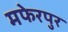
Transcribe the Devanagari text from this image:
मफेरपुर